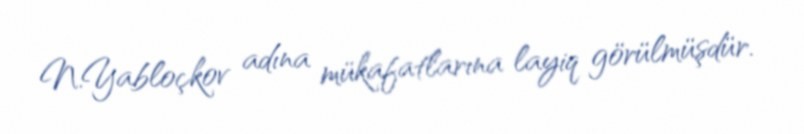
N.Yabloçkov adına mükafatlarına layiq görülmüşdür.